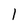
Character: 1